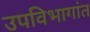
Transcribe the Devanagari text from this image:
उपविभागांत